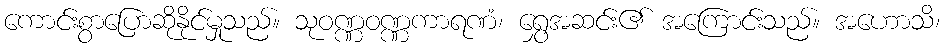
ကောင်းစွာပြောဆိုနိုင်မှုသည်။ သုဝဏ္ဏဝဏ္ဏကာရဏံ၊ ရွှေအဆင်း၏ အကြောင်းသည်။ အဟောသိ၊